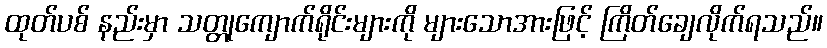
ထုတ်ပစ် နည်းမှာ သတ္တုကျောက်ရိုင်းများကို များသောအားဖြင့် ကြိတ်ချေလိုက်ရသည်။